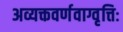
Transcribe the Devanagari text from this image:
अव्यक्तवर्णवाग्वृत्तिः